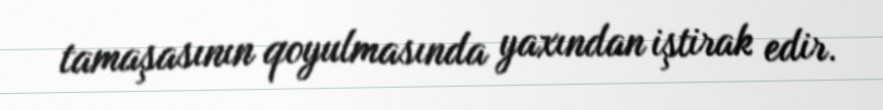
tamaşasının qoyulmasında yaxından iştirak edir.